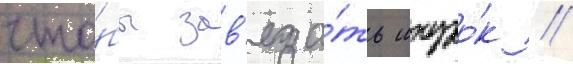
что́бы зав'яза́ть шнуро́к //